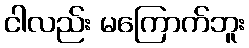
ငါလည်း မကြောက်ဘူး